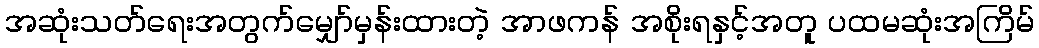
အဆုံးသတ်ရေးအတွက်မျှော်မှန်းထားတဲ့ အာဖကန် အစိုးရနှင့်အတူ ပထမဆုံးအကြိမ်